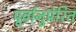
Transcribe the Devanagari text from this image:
पूर्वानुप्रेरित